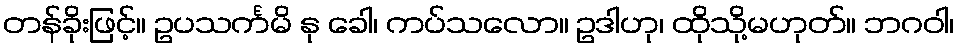
တန်ခိုးဖြင့်။ ဥပသင်္ကမိ နု ခေါ၊ ကပ်သလော။ ဥဒါဟု၊ ထိုသို့မဟုတ်။ ဘဂဝါ၊